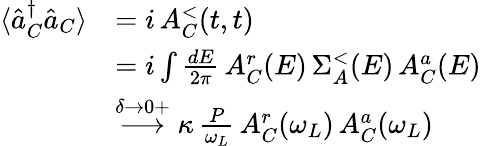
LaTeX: \begin{array}{rl}{\langle\hat{a}_{C}^{\dagger}\hat{a}_{C}\rangle}&{=i\, A_{C}^{<}(t,t)}\\ &{=i\int\frac{dE}{2\pi}\, A_{C}^{r}(E)\, \Sigma_{A}^{<}(E)\, A_{C}^{a}(E)}\\ &{\overset{\delta\to 0+}{\longrightarrow}\kappa\, \frac{P}{\omega_{L}}\, A_{C}^{r}(\omega_{L})\, A_{C}^{a}(\omega_{L})}\end{array}